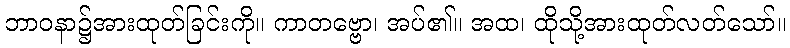
ဘာဝနာ၌အားထုတ်ခြင်းကို။ ကာတဗ္ဗော၊ အပ်၏။ အထ၊ ထိုသို့အားထုတ်လတ်သော်။